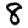
Digit: 8